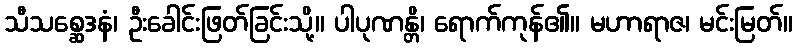
သီသစ္ဆေဒနံ၊ ဦးခေါင်းဖြတ်ခြင်းသို့။ ပါပုဏန္တိ၊ ရောက်ကုန်၏။ မဟာရာဇ၊ မင်းမြတ်။